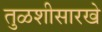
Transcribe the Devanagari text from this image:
तुळशीसारखे